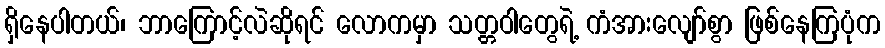
ရှိနေပါတယ်၊ ဘာကြောင့်လဲဆိုရင် လောကမှာ သတ္တဝါတွေရဲ့ ကံအားလျော်စွာ ဖြစ်နေကြပုံက